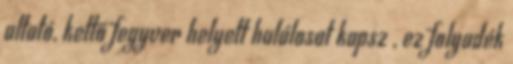
altató, kettő fegyver helyett halálosat kapsz , ez folyadék